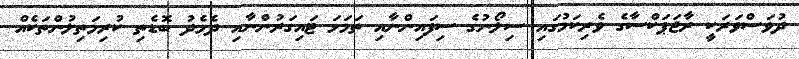
ދުވަސްވަރަކީ ރާޖަޕަކްސާގެ ވެރިކަމުގައި ސިލޯނުގެ ސިފައިންނާއި ތަމަޅަ ޓައިގަރުންނާއި ދެމެދު ބޮޑެތި ކުރިމަތިލުންތަކެއް